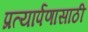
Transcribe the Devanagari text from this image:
प्रत्यार्पणासाठी